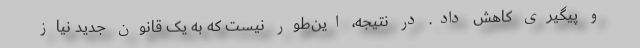
و پیگیری کاهش داد. در نتیجه، این‌طور نیست که به یک قانون جدید نیاز